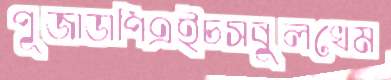
পূজাডাপিএইচসবুলখেম